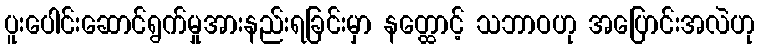
ပူးပေါင်းဆောင်ရွက်မှုအားနည်းရခြင်းမှာ နတ္ထောင့် သဘာဝဟု အပြောင်းအလဲဟု